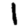
Digit: 1